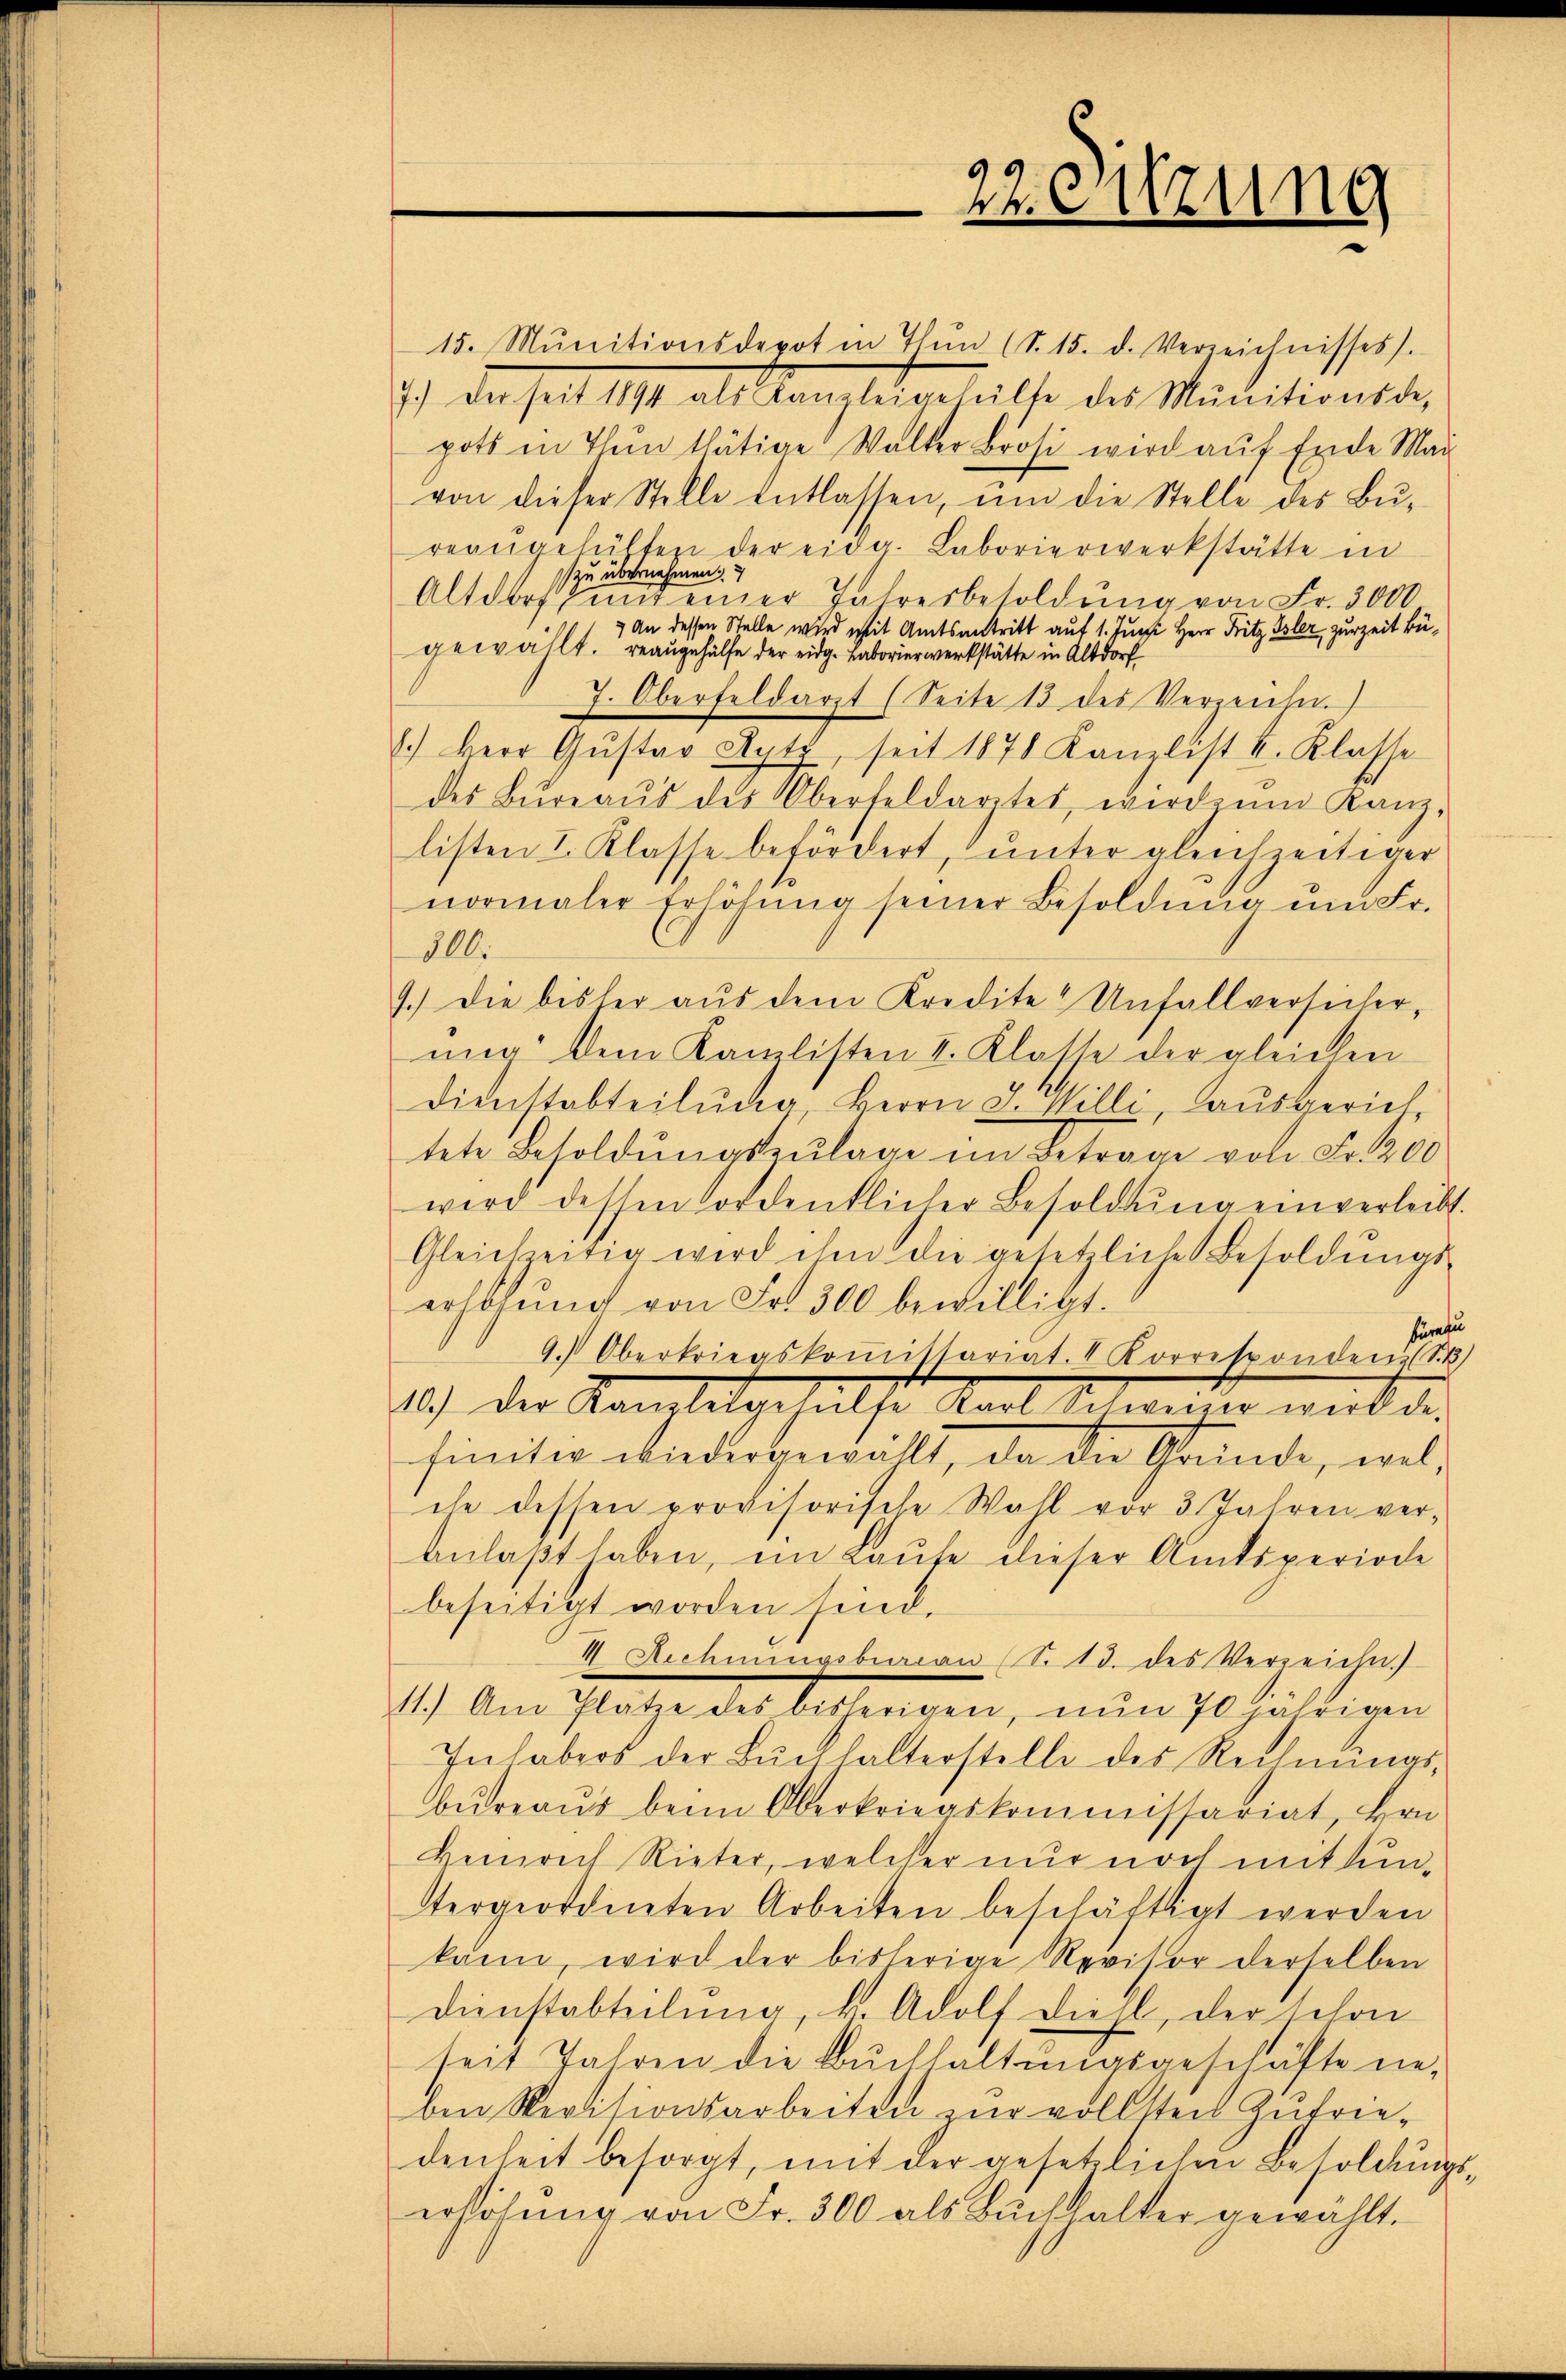
15. Munitionsdepot in Thŭn (S. 15. d. Verzeichnisses).
7.) Der seit 1894 als Kanzleigehalte des Mŭnitionsde-
pots in Thun thätige Walter Brosi wird auf Ende Mai
von dieser Stelle entlassen, ŭm die Stelle des Bŭ-
reangefülten der eidg. Laborierwerkstätte in
zu übernehmen.
Altdorf und einer Jahresbesoldung von Fr. 3000
) An dessen Stelle wird mit Amtsantritt auf 1. Juni Herr Fritz Isler, zurzeit Bügewählt. Beaugehülfe der eidg. Laborierwerkstätte in Altdorf
7. Oberfeldarzt (Seite 13 des Verzeich.)
.) Herr Gŭstav Aytz, seit 1878 Kanzlist I. Klasse
des Büreaŭs des Oberfeldarztes, wird um Kanz-
listen I. Klasse befördert, unter gleichzeitiger
normaler Erhöhŭng seiner Besoldŭng ŭm Fr.
200.
9.) Die bisher aus dem Kredite Unfallversicher,
ung dem Kanzlisten I. Klatte der gleichen
Dienstabteilŭng Herrn J. Willi, ausgeriet,
tete Besoldŭngszulage im Betrage von Fr. 200
wird dessen fordentlicher Besoldŭng einverleibt.
Gleichzeitig wird ihm die gesetzliche Besoldŭngs-
erhöhŭng von Fr. 300 bewilligt.
buratu
9.) Oberkriegskoṁistariat. " Korresponden (S.
10.) Der Kanzletgehalse Karl Schweiner wird der
finitiv wiedergewalt, da die Gründe, wel
che dessen provisorische Wahl vor 3 Jahren ver-
anlaßt haben, ein Laute dieser Amtsperiode
beseitigt worden sind.
II Rechnŭngsbureau (S. 13. des Verzeichn
1.) Am Platze der belangen, nun so paldigen
Inhabers der Buchhalterstelle des Rechnŭngs-
bŭreaŭs beim Oberkriegskommissariat, Hrn
Heinrich Rieter, welcher nur noch mitsuntergeordneten Arbeiten beschäftigt werden
kann, wird der bisherige Revisor derselben
Dienstabteilung, k. Adolf Diehl, der schon
seit Jahren die Buchhaltungsgeschäfte ne
ben Seritionsarbeiten zur vollsten Zutrie-
denheit besorgt, mit der gesetzlichen Besoldŭngs-
erhöhung von Fr. 300 als Buchhalter gewählt.

22. Sitzung